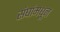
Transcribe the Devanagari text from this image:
संघांमधून